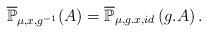
LaTeX: \begin{align*}\mathbb{\overline{P}}_{\mu,x,g^{-1}}(A)=\overline{\mathbb{P}}_{\mu,g.x,id}\left(g.A\right).\end{align*}